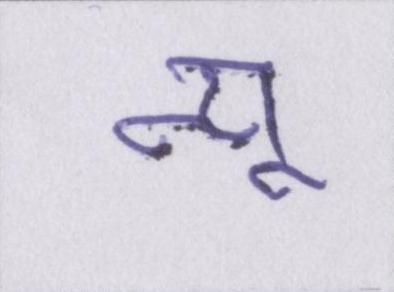
न्यू